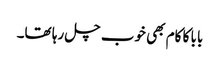
بابا کا کام بھی خوب چل رہا تھا۔